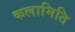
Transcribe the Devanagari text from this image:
कलामिति